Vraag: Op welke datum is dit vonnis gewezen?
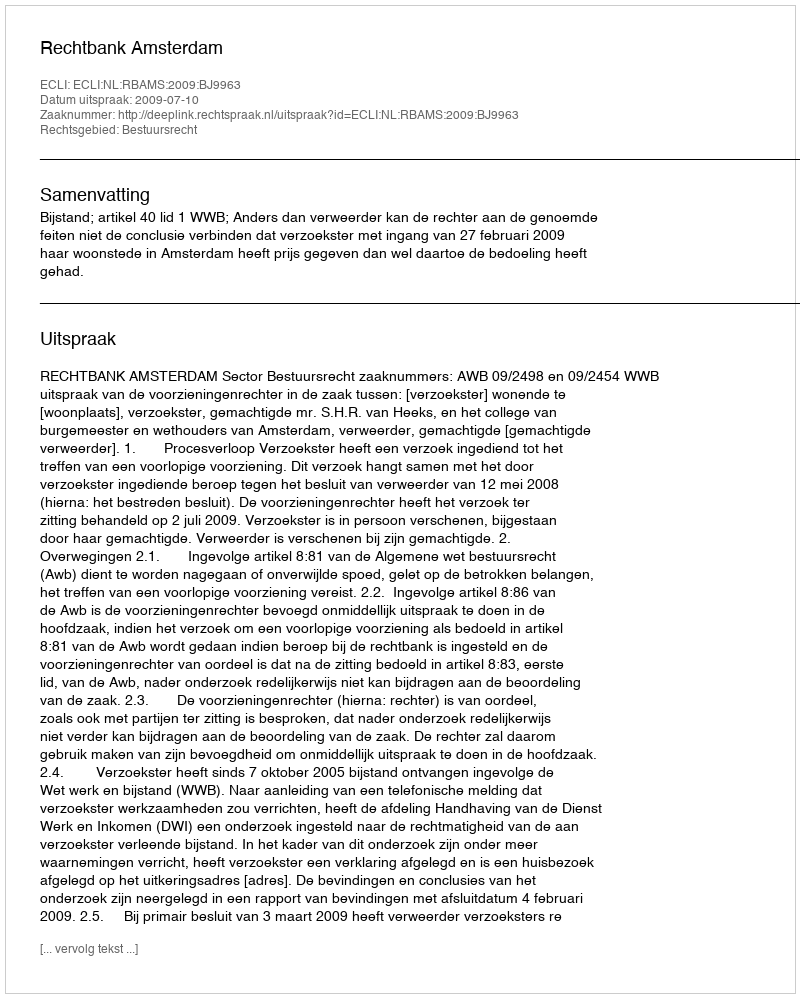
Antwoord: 2009-07-10